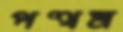
পত্থম